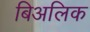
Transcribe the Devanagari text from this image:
बिअलिक